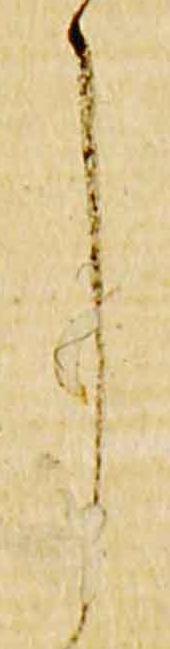
了